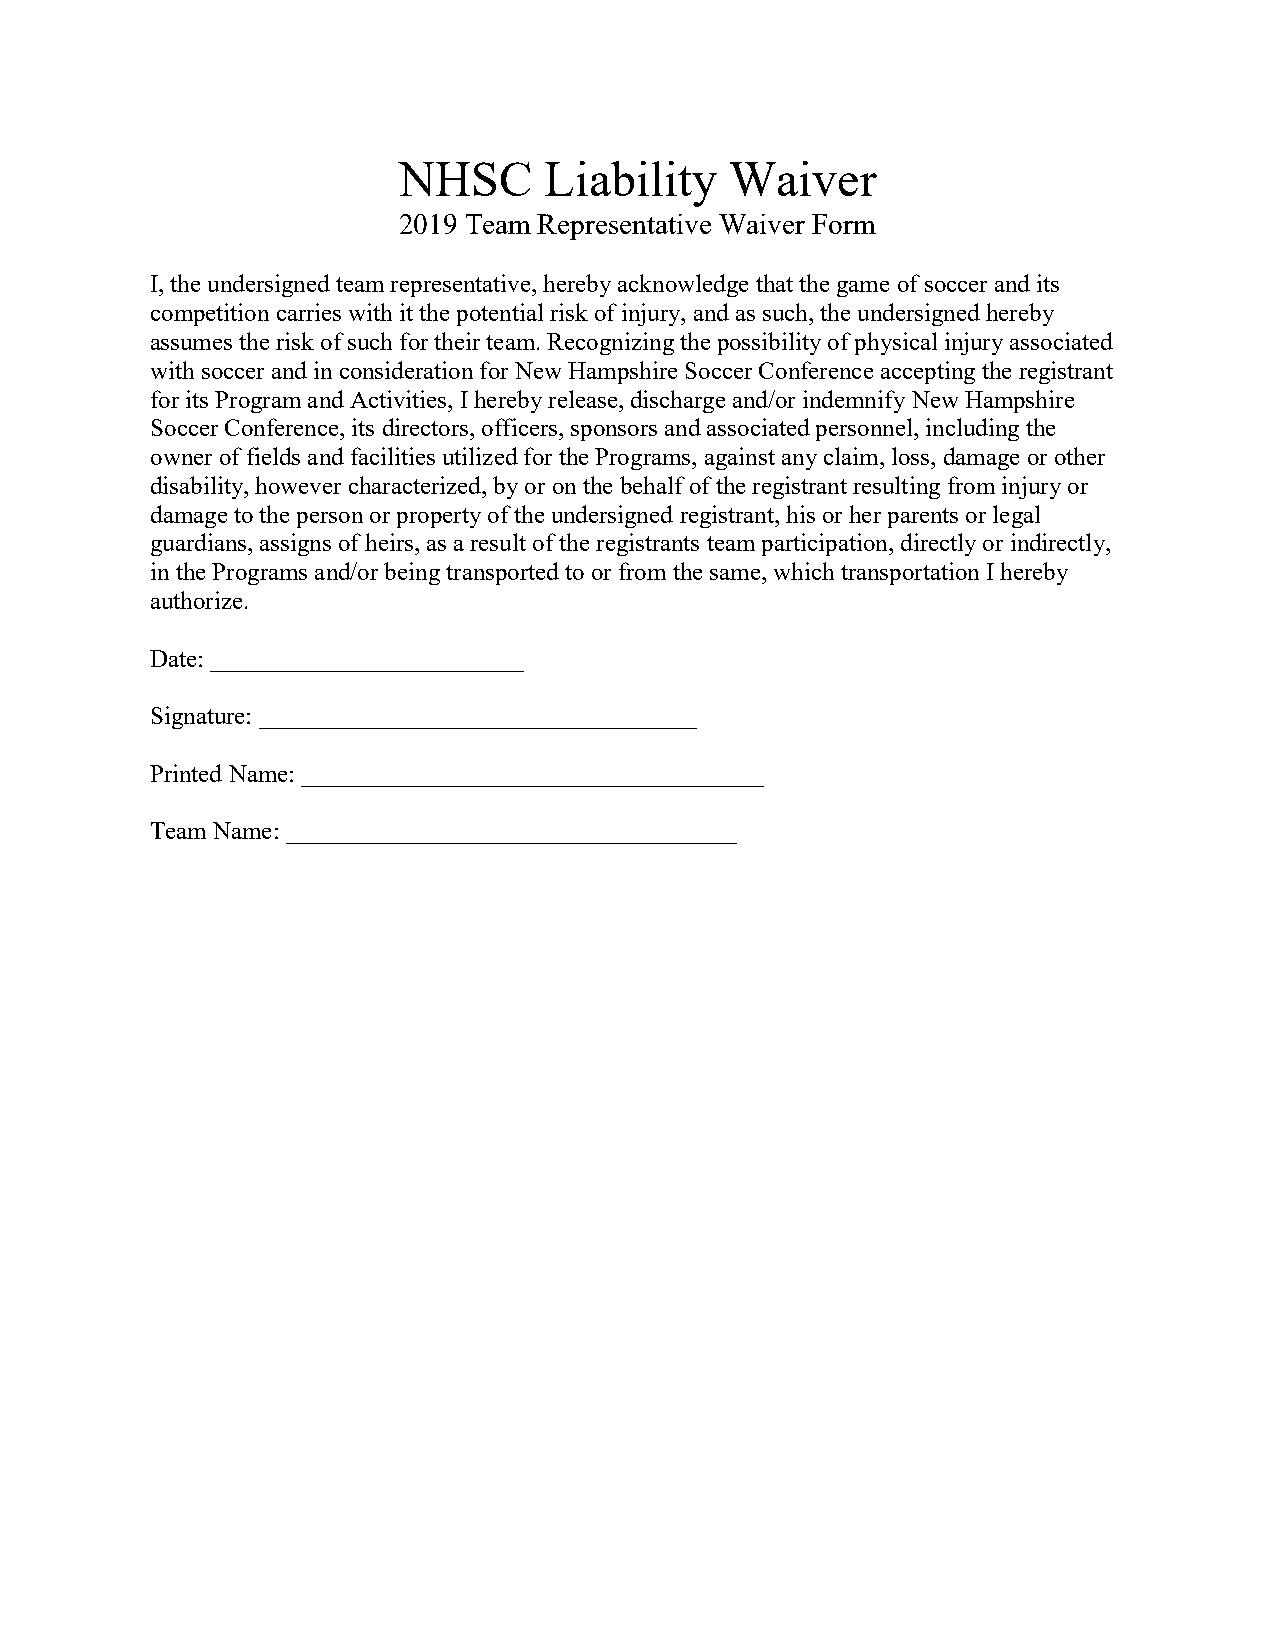
NHSC      Liability   Waiver
 2019 Team Representative Waiver Form
 I, the undersigned team representative, hereby acknowledge that the game of soccer and its
 competition carries with it the potential risk of injury, and as such, the undersigned hereby
 assumes the risk of such for their team. Recognizing the possibility of physical injury associated
 with soccer and in consideration for New Hampshire Soccer Conference accepting the registrant
 for its Program and Activities, I hereby release, discharge and/or indemnify New Hampshire
 Soccer Conference, its directors, officers, sponsors and associated personnel, including the
 owner of fields and facilities utilized for the Programs, against any claim, loss, damage or other
 disability, however characterized, by or on the behalf of the registrant resulting from injury or
 damage to the person or property of the undersigned registrant, his or her parents or legal
 guardians, assigns of heirs, as a result of the registrants team participation, directly or indirectly,
 in the Programs and/or being transported to or from the same, which transportation I hereby
 authorize.
 Date: _________________________
 Signature: ___________________________________
 Printed Name: _____________________________________
 Team Name: ____________________________________